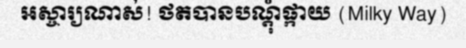
អស្ចារ្យណាស់! ថតបានបណ្តុំផ្កាយ (Milky Way)